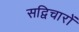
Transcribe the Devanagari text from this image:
सद्विचारों